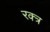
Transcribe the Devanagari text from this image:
रक्त्र